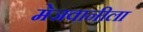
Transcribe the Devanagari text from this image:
मेजवानीला